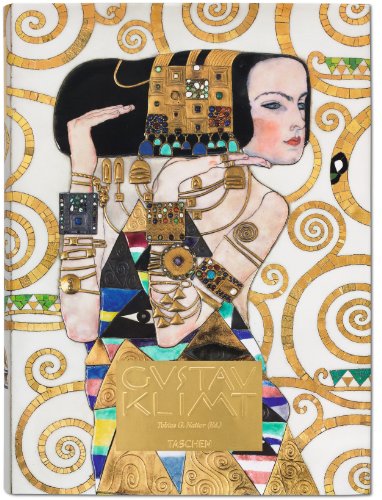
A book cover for Gustav Klimt: Complete Paintings; Tobias Natter; Arts & Photography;